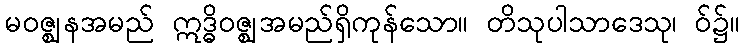
မဝဇ္ဈနအမည် ဣဒ္ဓိဝဇ္ဈအမည်ရှိကုန်သော။ တိသုပါသာဒေသု၊ ဝ်၌။